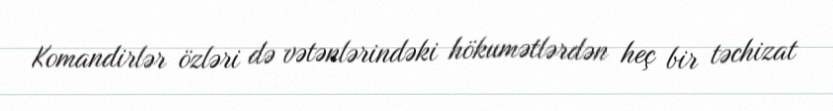
Komandirlər özləri də vətənlərindəki hökumətlərdən heç bir təchizat